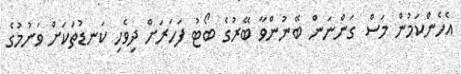
އެހެންކަމުން މަސް ގަންނަން ބޭނުންވާ ބޭރުގެ ބޯޓު ފަހަރަށް ދިވެހި ކަނޑުތަކަށް ވަނުމުގެ